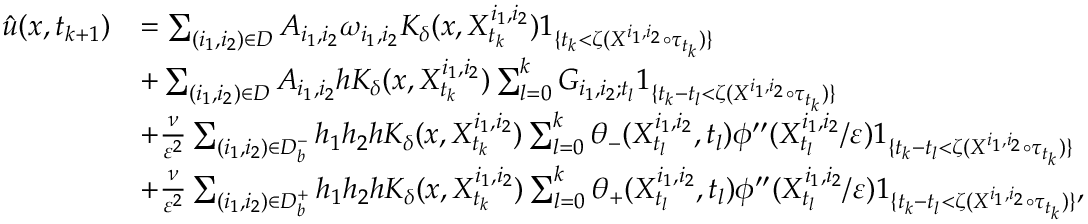
\begin{array} { r l } { \Hat { u } ( x , t _ { k + 1 } ) } & { = \sum _ { ( i _ { 1 } , i _ { 2 } ) \in D } A _ { i _ { 1 } , i _ { 2 } } \omega _ { i _ { 1 } , i _ { 2 } } K _ { \delta } ( x , X _ { t _ { k } } ^ { i _ { 1 } , i _ { 2 } } ) 1 _ { \{ t _ { k } < \zeta ( X ^ { i _ { 1 } , i _ { 2 } } \circ \tau _ { t _ { k } } ) \} } } \\ & { + \sum _ { ( i _ { 1 } , i _ { 2 } ) \in D } A _ { i _ { 1 } , i _ { 2 } } h K _ { \delta } ( x , X _ { t _ { k } } ^ { i _ { 1 } , i _ { 2 } } ) \sum _ { l = 0 } ^ { k } G _ { i _ { 1 } , i _ { 2 } ; t _ { l } } 1 _ { \{ t _ { k } - t _ { l } < \zeta ( X ^ { i _ { 1 } , i _ { 2 } } \circ \tau _ { t _ { k } } ) \} } } \\ & { + \frac { \nu } { \varepsilon ^ { 2 } } \sum _ { ( i _ { 1 } , i _ { 2 } ) \in D _ { b } ^ { - } } h _ { 1 } h _ { 2 } h K _ { \delta } ( x , X _ { t _ { k } } ^ { i _ { 1 } , i _ { 2 } } ) \sum _ { l = 0 } ^ { k } \theta _ { - } ( X _ { t _ { l } } ^ { i _ { 1 } , i _ { 2 } } , t _ { l } ) \phi ^ { \prime \prime } ( X _ { t _ { l } } ^ { i _ { 1 } , i _ { 2 } } / \varepsilon ) 1 _ { \{ t _ { k } - t _ { l } < \zeta ( X ^ { i _ { 1 } , i _ { 2 } } \circ \tau _ { t _ { k } } ) \} } } \\ & { + \frac { \nu } { \varepsilon ^ { 2 } } \sum _ { ( i _ { 1 } , i _ { 2 } ) \in D _ { b } ^ { + } } h _ { 1 } h _ { 2 } h K _ { \delta } ( x , X _ { t _ { k } } ^ { i _ { 1 } , i _ { 2 } } ) \sum _ { l = 0 } ^ { k } \theta _ { + } ( X _ { t _ { l } } ^ { i _ { 1 } , i _ { 2 } } , t _ { l } ) \phi ^ { \prime \prime } ( X _ { t _ { l } } ^ { i _ { 1 } , i _ { 2 } } / \varepsilon ) 1 _ { \{ t _ { k } - t _ { l } < \zeta ( X ^ { i _ { 1 } , i _ { 2 } } \circ \tau _ { t _ { k } } ) \} } , } \end{array}